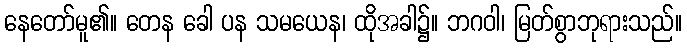
နေတော်မူ၏။ တေန ခေါ ပန သမယေန၊ ထိုအခါ၌။ ဘဂဝါ၊ မြတ်စွာဘုရားသည်။